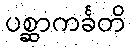
ပစ္ဆာကင်္ခတိ